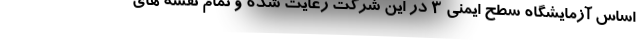
اساس آزمایشگاه سطح ایمنی ۳ در این شرکت رعایت شده و تمام نقشه های